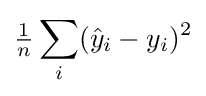
{\tfrac {1}{n}}\sum _{i}({\hat {y}}_{i}-y_{i})^{2}